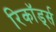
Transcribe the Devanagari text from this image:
रिकॉड्‌र्स